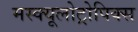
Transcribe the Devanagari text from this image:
मस्क्यूलोट्रोपिक्स